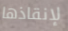
لإنقاذها